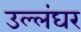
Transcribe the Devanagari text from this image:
उल्लंघर